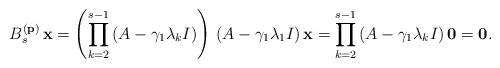
\begin{align*}B_s^{(\bf p)}\,{\bf x}=\left(\prod_{k=2}^{s-1}\left( A - \gamma_1 \lambda_k I\right)\right)\,\left( A - \gamma_1 \lambda_1 I\right){\bf x}=\prod_{k=2}^{s-1}\left( A - \gamma_1 \lambda_k I\right){\bf 0}={\bf 0}.\end{align*}